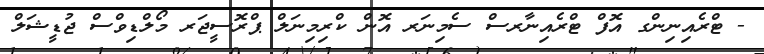
- ޓްރެއިނިންގ އޮފް ޓްރެއިނާރސް ސެމިނަރ އޮން ކްރިމިނަލް ޕްރޮސީޖަރ މޯލްޑިވްސް ޖުޑީޝަލް